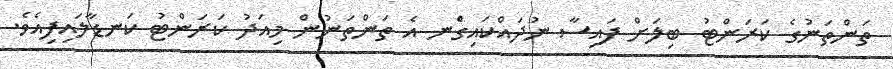
ތަންތަނުގެ ކަރަންޓު ބިލަށް ފައިސާ ނުދައްކައިގެްނ އެ ތަންތަނުން މިއަދު ކަރަންޓު ކަނޑާލައިފިއެވެ.